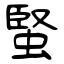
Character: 蜸